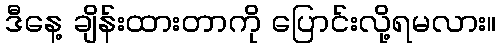
ဒီနေ့ ချိန်းထားတာကို ပြောင်းလို့ရမလား။